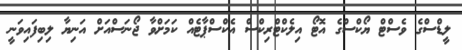
ލީޑްސްގެ ވެސްޓް ޔޯކްސްގެ އޮޓޯ އިލެކްޓްރިކްސް އެކްސްޕާޓެއް ކަމަށްވާ ޖޯނަސްއަށް އަނިޔާ ލިބިފައިވަނީ